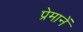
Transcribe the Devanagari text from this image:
प्रेमानें